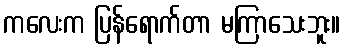
ကလေးက ပြန်ရောက်တာ မကြာသေးဘူး။